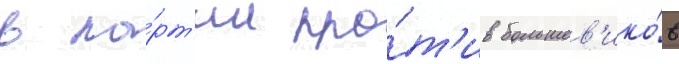
в па́рт'ии про́т'ив большев'ико́в